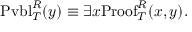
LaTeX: \mathrm { P v b l } _ { T } ^ { R } ( y ) \equiv \exists x \mathrm { P r o o f } _ { T } ^ { R } ( x , y ) .